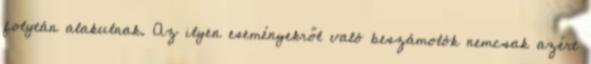
folytán alakulnak. Az ilyen eseményekről való beszámolók nemcsak azért